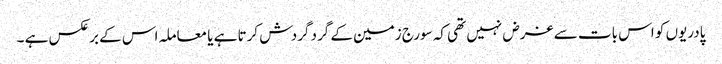
پادریوں کو اس بات سے غرض نہیں تھی کہ سورج زمین کے گرد گردش کرتا ہے یا معاملہ اس کے برعکس ہے ۔